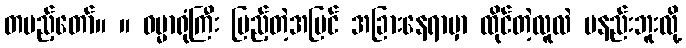
တပည့်တော်။ ။ ဓမ္မာရုံကြီး ပြည့်တဲ့အပြင် အခြားနေရာမှာ ထိုင်တဲ့လူလဲ မနည်းဘူးလို့